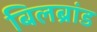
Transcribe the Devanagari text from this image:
बिलब्रांड